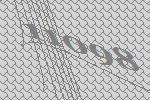
11098